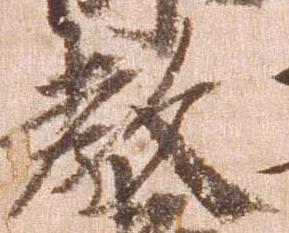
教